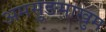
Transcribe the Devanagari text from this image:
अमसुङमाखुम